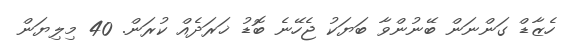
ހެޒާޑް ގަންނަން ބޭނުންވާ ބަޔަކު ޖެހޭނެ ބޮޑު ޚަރަދެއް ކުރަން. 40 މިލިޔަން